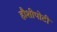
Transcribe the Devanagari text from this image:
हौशीपोटी